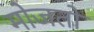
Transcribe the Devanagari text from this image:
मोजतो